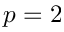
p = 2